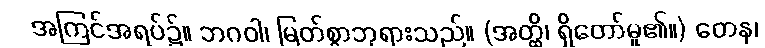
အကြင်အရပ်၌။ ဘဂဝါ၊ မြတ်စွာဘုရားသည်။ (အတ္ထိ၊ ရှိတော်မူ၏။) တေန၊